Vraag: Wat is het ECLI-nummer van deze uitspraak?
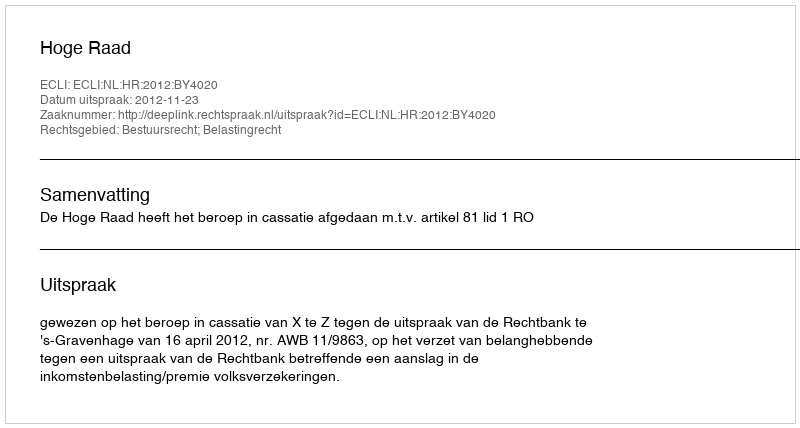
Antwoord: ECLI:NL:HR:2012:BY4020